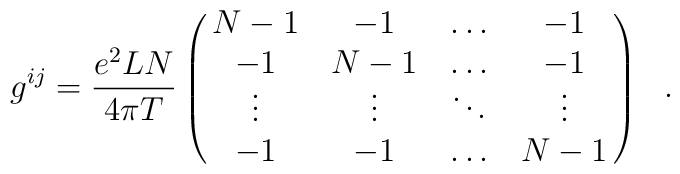
g^{ij}=\frac{e^2 L N}{4\pi T}\pmatrix{N-1&-1&\ldots&-1\cr-1&N-1&\ldots&-1\cr\vdots&\vdots&\ddots&\vdots\cr-1&-1&\ldots&N-1\cr} \ \ .